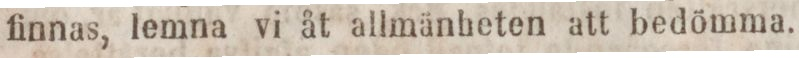
finnas, lemna vi åt allmänheten att bedömma.